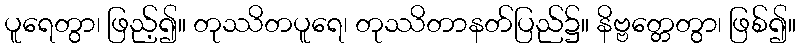
ပူရေတွာ၊ ဖြည့်၍။ တုဿိတပူရေ၊ တုဿိတာနတ်ပြည်၌။ နိဗ္ဗတ္တေတွာ၊ ဖြစ်၍။